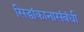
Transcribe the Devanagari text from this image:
सिद्धांकानासंबंधी